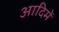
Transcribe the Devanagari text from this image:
आदिमें